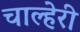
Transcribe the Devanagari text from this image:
चाल्हेरी